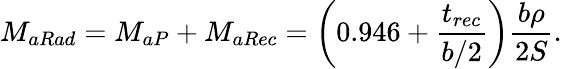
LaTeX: M_{aRad}=M_{aP}+M_{aRec}=\left(0.946+\frac{t_{rec}}{b/2}\right)\frac{b\rho}{2S}.